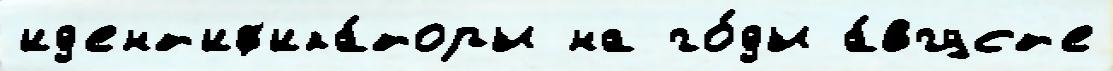
ид'ент'иф'ика́торы на го́ды а́вгуст'е